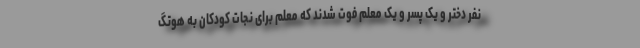
نفر دختر و یک پسر و یک معلم فوت شدند که معلم برای نجات کودکان به هوتگ